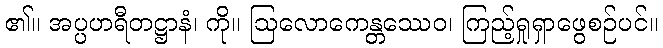
၏။ အပ္ပဟရီတဋ္ဌာနံ၊ ကို။ ဩလောကေန္တဿေဝ၊ ကြည့်ရှုရှာဖွေစဉ်ပင်။